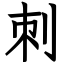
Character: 刺